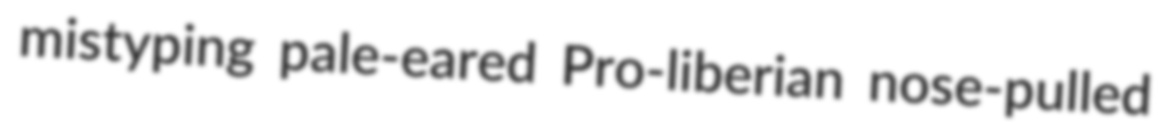
mistyping pale-eared Pro-liberian nose-pulled